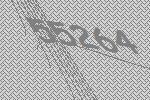
55264